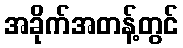
အခိုက်အတန့်တွင်